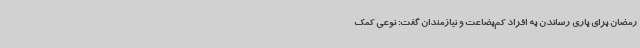
رمضان برای یاری رساندن به افراد کم‌بضاعت و نیازمندان گفت: نوعی کمک